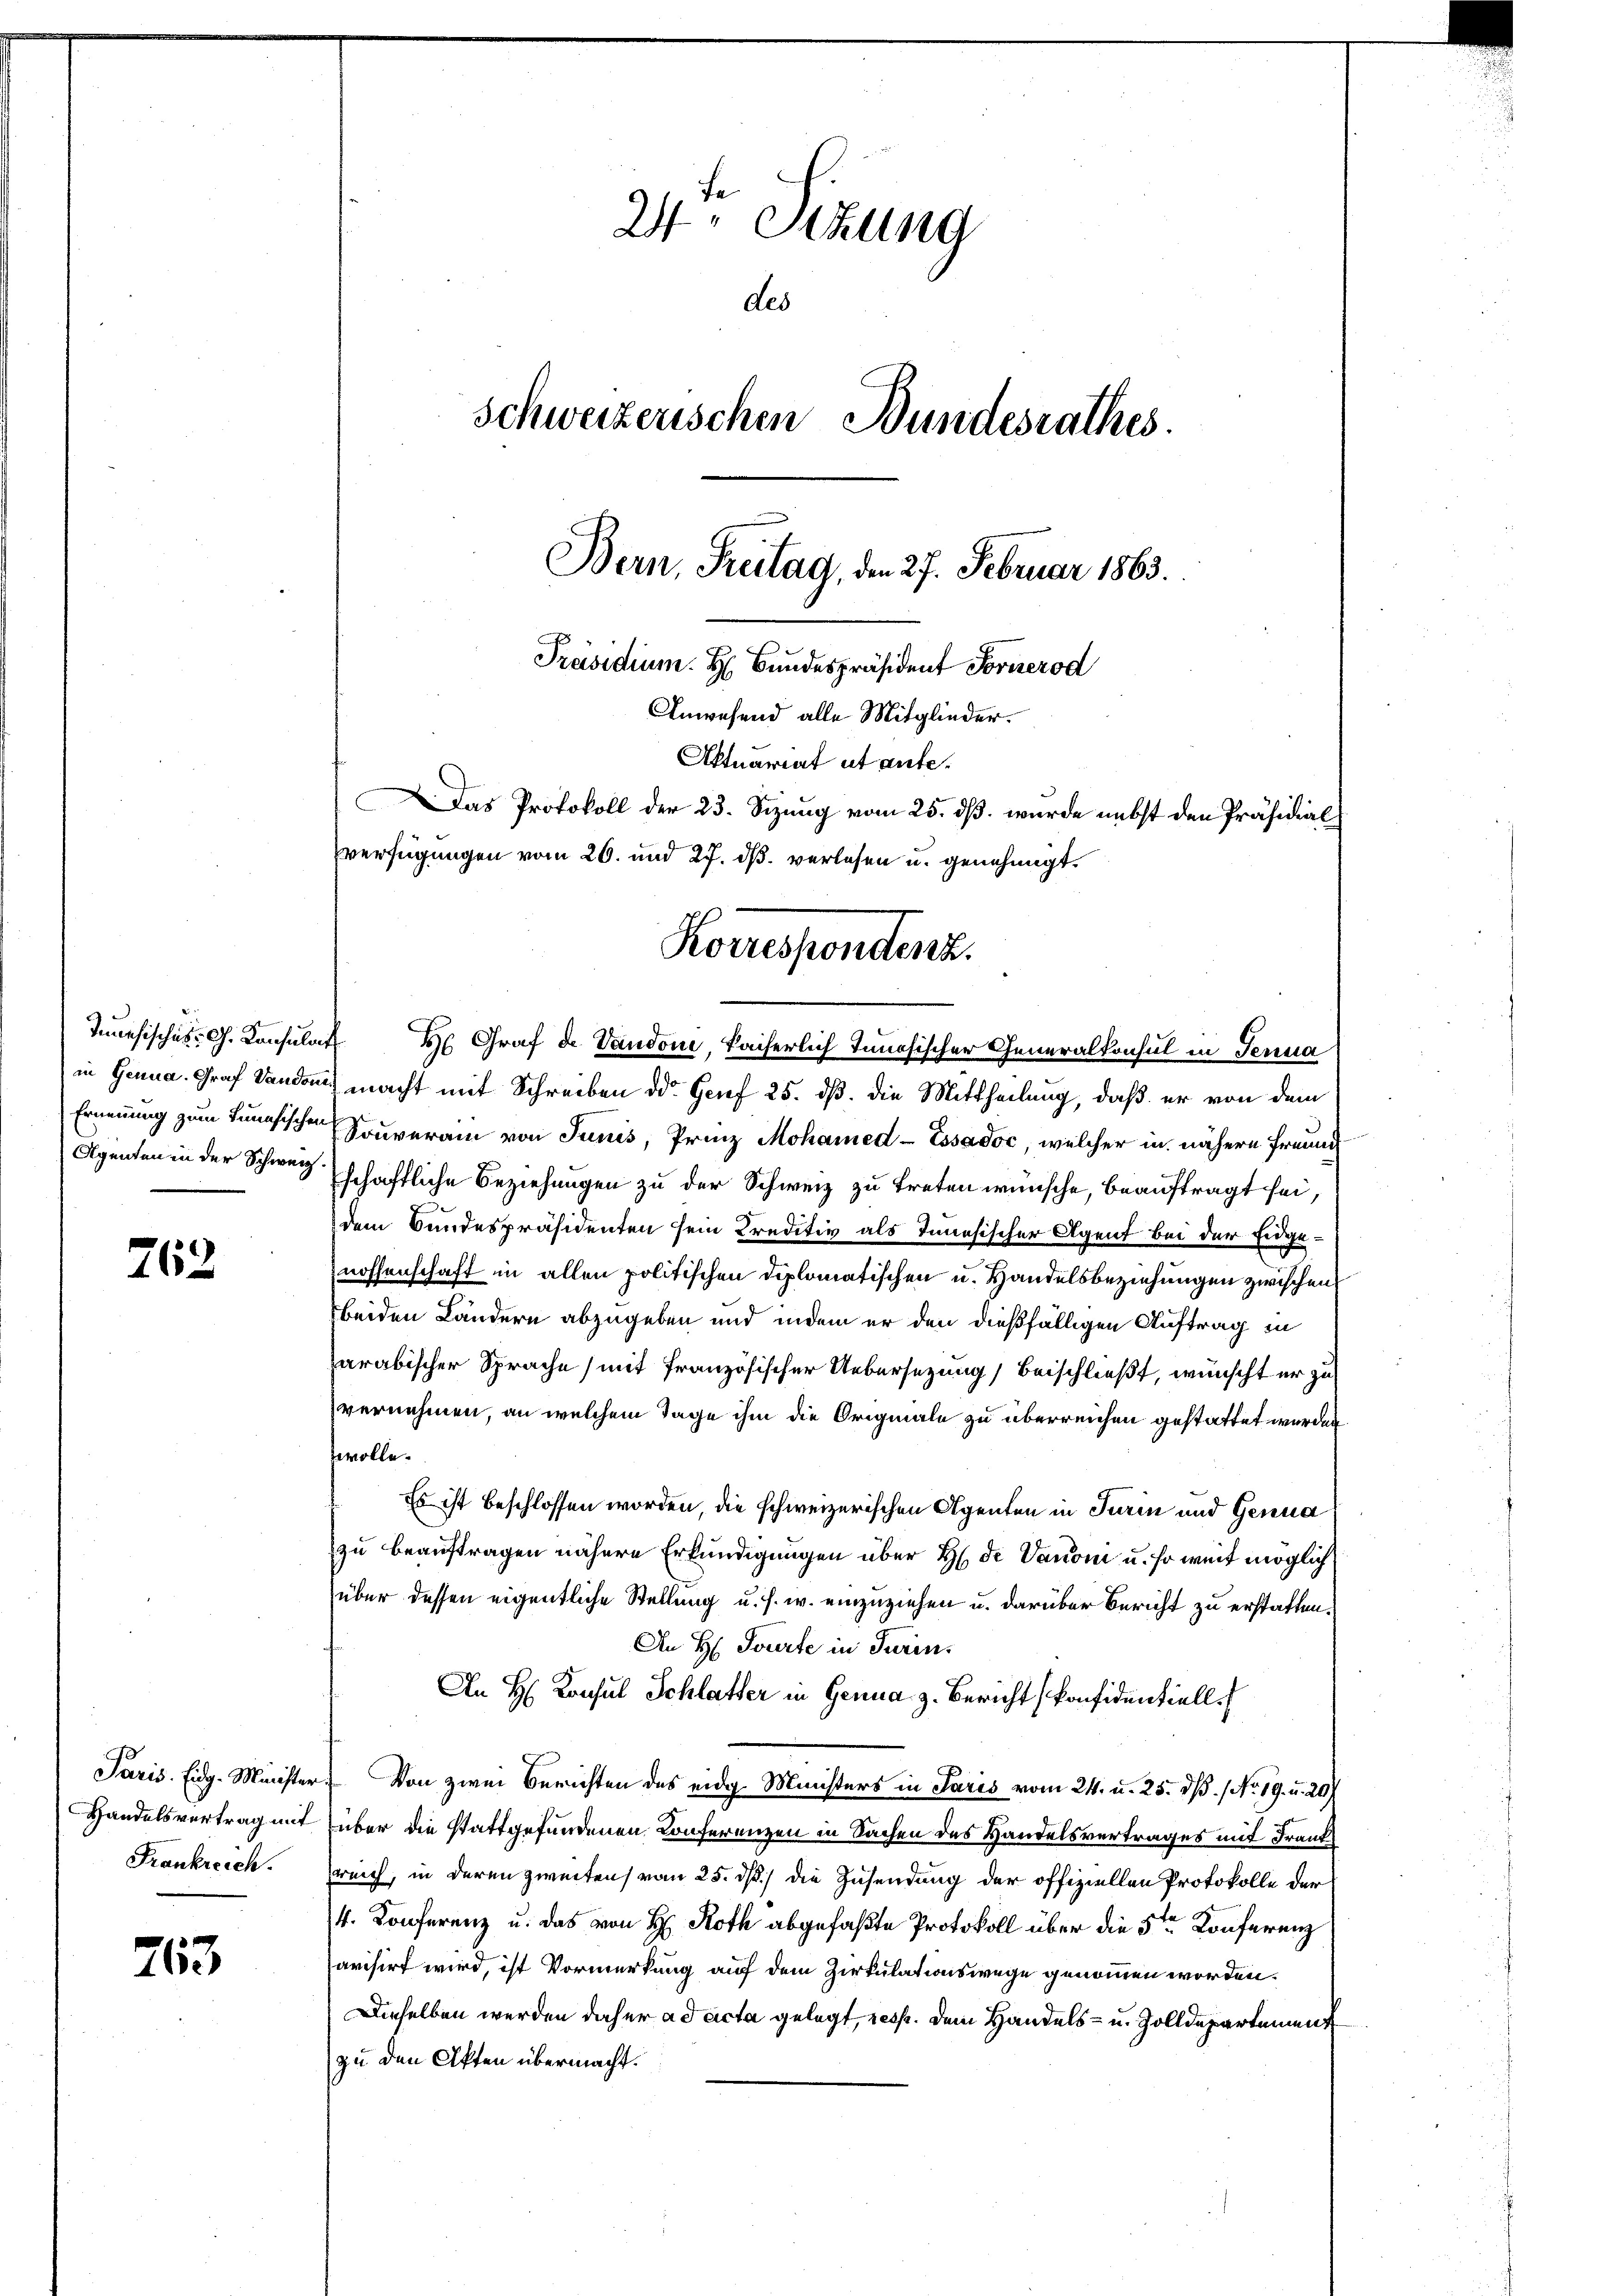
Agenten in der Schweiz

762

Paris. Eidg. Minister
Handelsvertrag mit
Frankreich.

763

verfügungen vom 26. und 27. dß. verlesen u. genehmigt.

Anwesend alle Mitglieder.
Aktuariat ut ante.
Das Protokoll der 23. Sizung vom 25. dß wurde nebst den Präsidial

2 Sitzung
des
Schweizerischen Bundesrathes.
Bern, Freitag, den 27. Februar 1863.
Präsidium. H. Bundespräsident Formerod

in Genua, Graf Landen macht mit Schreiben der Genf 25. dß. die Mittheilung, daß er von dem
Ernennung zum Lunchischen Souverain von Junis, Prinz Mohamed - Essadoc, welcher in nähere Freund
schaftliche Beziehungen zu der Schweiz zu treten wünsche, beauftragt sei,
dem Bundespräsidenten sein Kreditiv als Innesischer Agent bei der Eidgenossenschaft in allen politischen Diplomatischen u. Handelsbeziehungen zwischen
beiden Ländern abzugeben und indem er den dießfälligen Auftrag in
arabischer Sprache (mit französischer Uebersezung beischließt, wünscht er zu
vernehmen, an welchem Tage ihm die Originale zu überreichen gestattet wurden.
evolle.
Es ist beschlossen worden, die schweizerischen Agenten in Turin und Genua
zu beauftragen nähere Erkundigungen über H. de Vauom u. so weit möglich
über dessen eigentliche Stellung u. s. w. einzuziehen u. darüber Bericht zu erstatten.
An H. Tourte in Turin,
An H. Konsul Schlatter in Genua z. Bericht konfidentiell.
 Von zwei Berichten des eidg. Ministers in Paris vom 24. u. 25. dß. No. 19. u. 29)
über die stattgefundenen Conferenzen in Sachen des Handelsvertrages mit Franksreich, in deren zweitens vom 25. dß.) die Zusendung der offiziellen Protokolle der
4. Konferenz u. das von H. Roth abgefaßte Protokoll über die 5ten Konferenz
avisirt wird, ist Vormerkung auf dem Zirkulationswege genommen worden.
Dieselben werden daher ad acta gelegt, resp. dem Handels- u. Zolldepartement
zu den Akten übermacht.

Korrespondenz.
Ienesisches C. Konsulat H. Graf de Vaudoni, Kaiserlich Innösischer Generalkonsul in Jenna